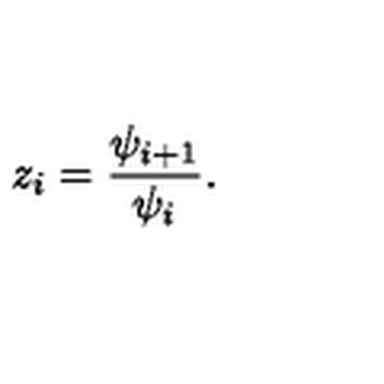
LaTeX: z _ { i } = \frac { \psi _ { i + 1 } } { \psi _ { i } } .